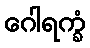
ဂေါရက္ခံ